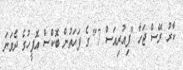
ކާރު ރޭސް ޖަހާ "ފިއުރިއަސް 7" ގެ ފަހަތުން ބޮކްސް އޮފީހުގެ ދެވަނަ